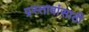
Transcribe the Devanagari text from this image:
प्रस्तावांसाठी